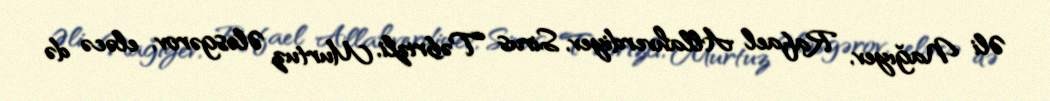
Əli Nağıyev, Rafael Allahverdiyev, Sirus Təbrizli, Murtuz Ələsgərov, eləcə də